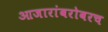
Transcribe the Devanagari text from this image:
आजारांबरोबरच